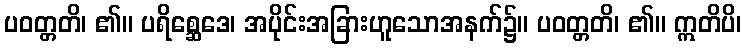
ပဝတ္တတိ၊ ၏။ ပရိစ္ဆေဒေ၊ အပိုင်းအခြားဟူသောအနက်၌။ ပဝတ္တတိ၊ ၏။ ဣတိပိ၊